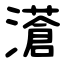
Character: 濸